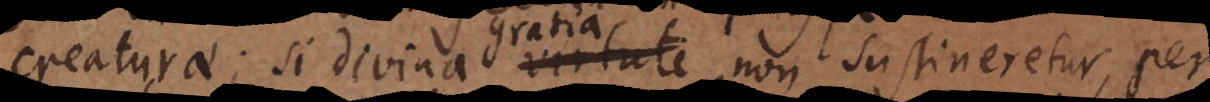
creaturae; si divina virtute non sustineretur,